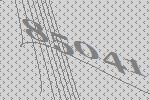
85041